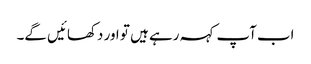
اب آپ کہہ رہے ہیں تو اور دکھائیں گے۔